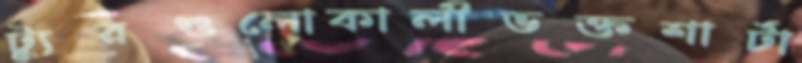
ট্যুরগুলোকালীভক্তশার্টা